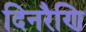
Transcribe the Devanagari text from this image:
दिनरैणि